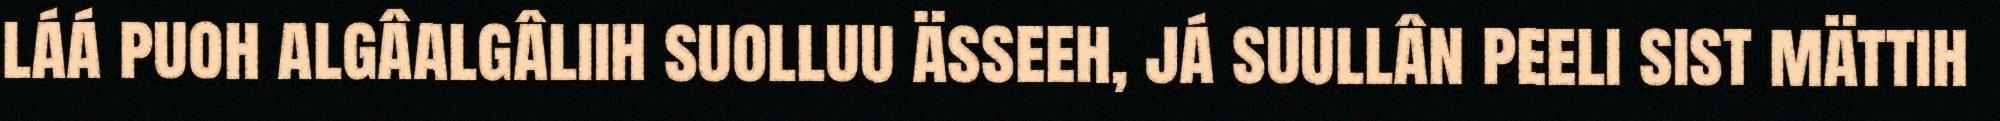
láá puoh algâalgâliih suolluu ässeeh, já suullân peeli sist mättih